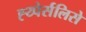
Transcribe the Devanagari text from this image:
ह्य्पेर्सलिसे